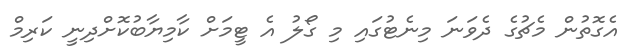
އެގޮތުން މެޗުގެ ދެވަނަ މިނެޓުގައި މި ގޯލު އެ ޓީމަށް ކާމިޔާބުކޮށްދިނީ ކަރިމް